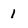
Character: 1